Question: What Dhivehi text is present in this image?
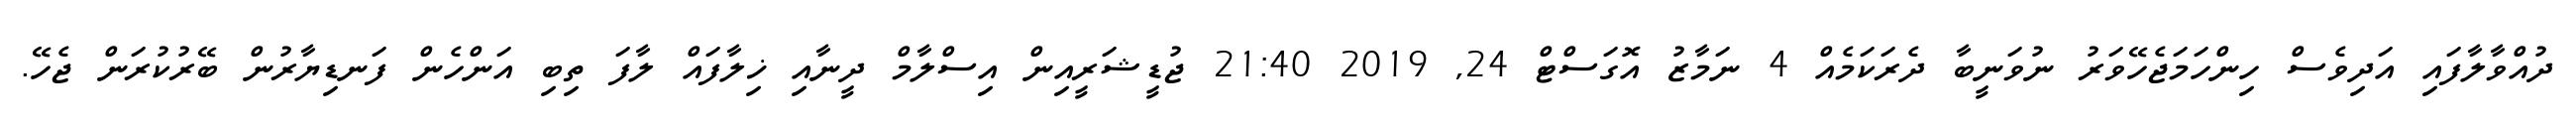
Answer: ދުއްވާލާފައި އަދިވެސް ހިންހަމަޖެހޭވަރު ނުވަނީބާ ދެރަކަމެއް 4 ނަމާޒު އޮގަސްޓް 24, 2019 21:40 ޖުޑީޝަރީއިން އިސްލާމް ދީނާއި ޚިލާފައް ލާފަ ތިބި އަންހެން ފަނޑިޔާރުން ބޭރުކުރަން ޖެހޭ.